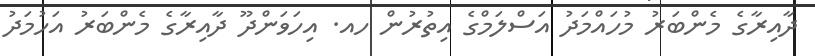
ދާއިރާގެ މެންބަރު މުހައްމަދު އަސްލަމްގެ އިތުރުން ހއ. އިހަވަންދޫ ދާއިރާގެ މެންބަރު އަހުމަދު